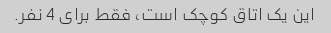
این یک اتاق کوچک است، فقط برای 4 نفر.